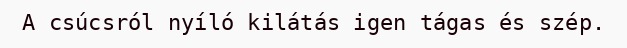
A csúcsról nyíló kilátás igen tágas és szép.